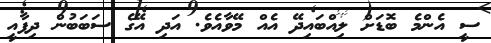
ސީ އެންމެ ބޮޑަށް ލިއްބައިދޭ އެއް މޭވާއެވެ. އަދި އޭގެ ސަބަބުން ދިފާއީ